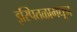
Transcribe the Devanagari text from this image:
इस्पितळामधून